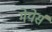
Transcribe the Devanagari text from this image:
मेयेर्स